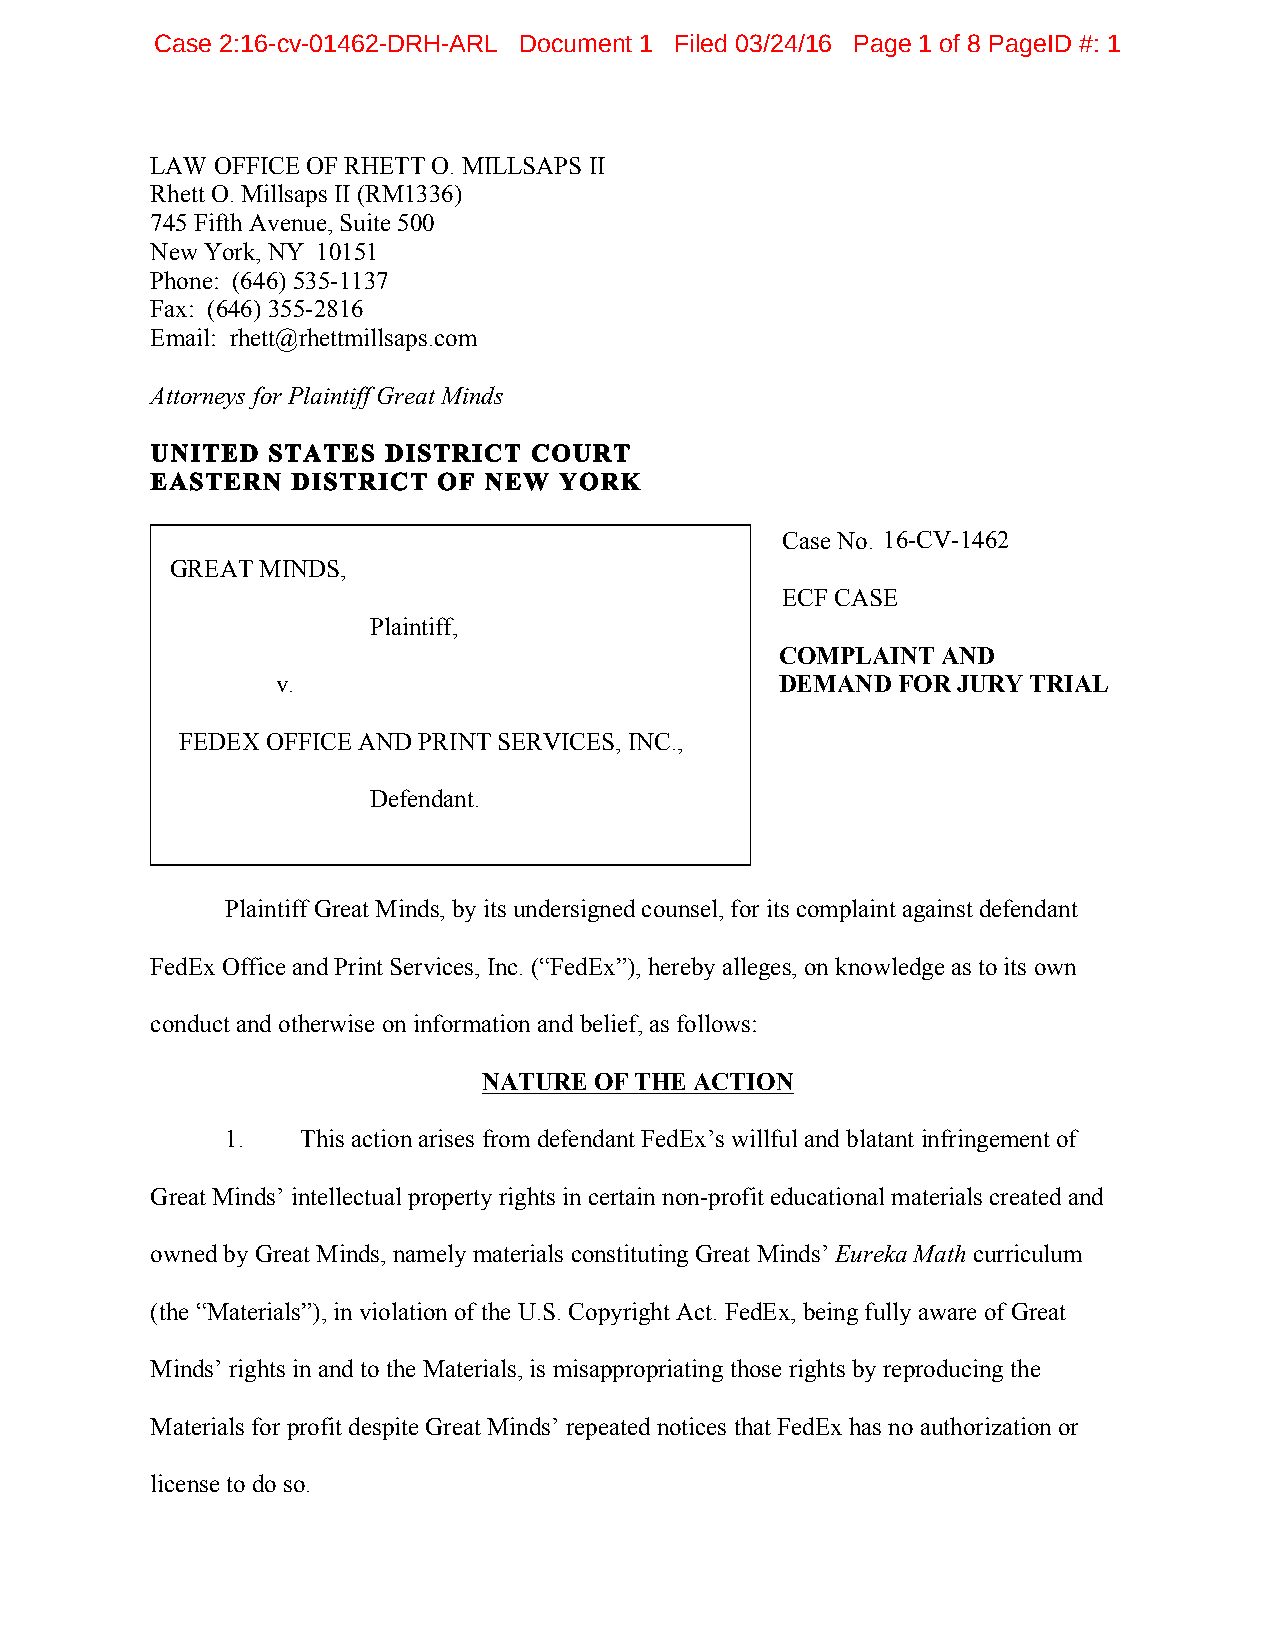
Case 2:16-cv-01462-DRH-ARL Document 1 Filed 03/24/16 Page 1 of 8 PageID #: 1
 LAW OFFICE OF RHETT O. MILLSAPS II
 Rhett O. Millsaps II (RM1336)
 745 Fifth Avenue, Suite 500
 New York, NY 10151
 Phone: (646) 535-1137
 Fax: (646) 355-2816
 Email: rhett@rhettmillsaps.com
 Attorneys for Plaintiff Great Minds
 UNITED  STATES  DISTRICT COURT
 EASTERN  DISTRICT  OF NEW  YORK
 Case No. 16-CV-1462
 GREAT MINDS,
 ECF CASE
 Plaintiff,
 COMPLAINT AND
 v.                                DEMAND FOR JURY TRIAL
 FEDEX OFFICE AND PRINT SERVICES, INC.,
 Defendant.
 Plaintiff Great Minds, by its undersigned counsel, for its complaint against defendant
 FedEx Office and Print Services, Inc. (“FedEx”), hereby alleges, on knowledge as to its own
 conduct and otherwise on information and belief, as follows:
 NATURE OF THE ACTION
 1.   This action arises from defendant FedEx’s willful and blatant infringement of
 Great Minds’ intellectual property rights in certain non-profit educational materials created and
 owned by Great Minds, namely materials constituting Great Minds’ Eureka Math curriculum
 (the “Materials”), in violation of the U.S. Copyright Act. FedEx, being fully aware of Great
 Minds’ rights in and to the Materials, is misappropriating those rights by reproducing the
 Materials for profit despite Great Minds’ repeated notices that FedEx has no authorization or
 license to do so.